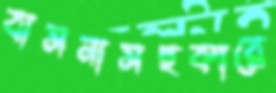
বাসনাসহকারে